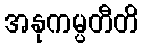
အနုကမ္ပတီတိ